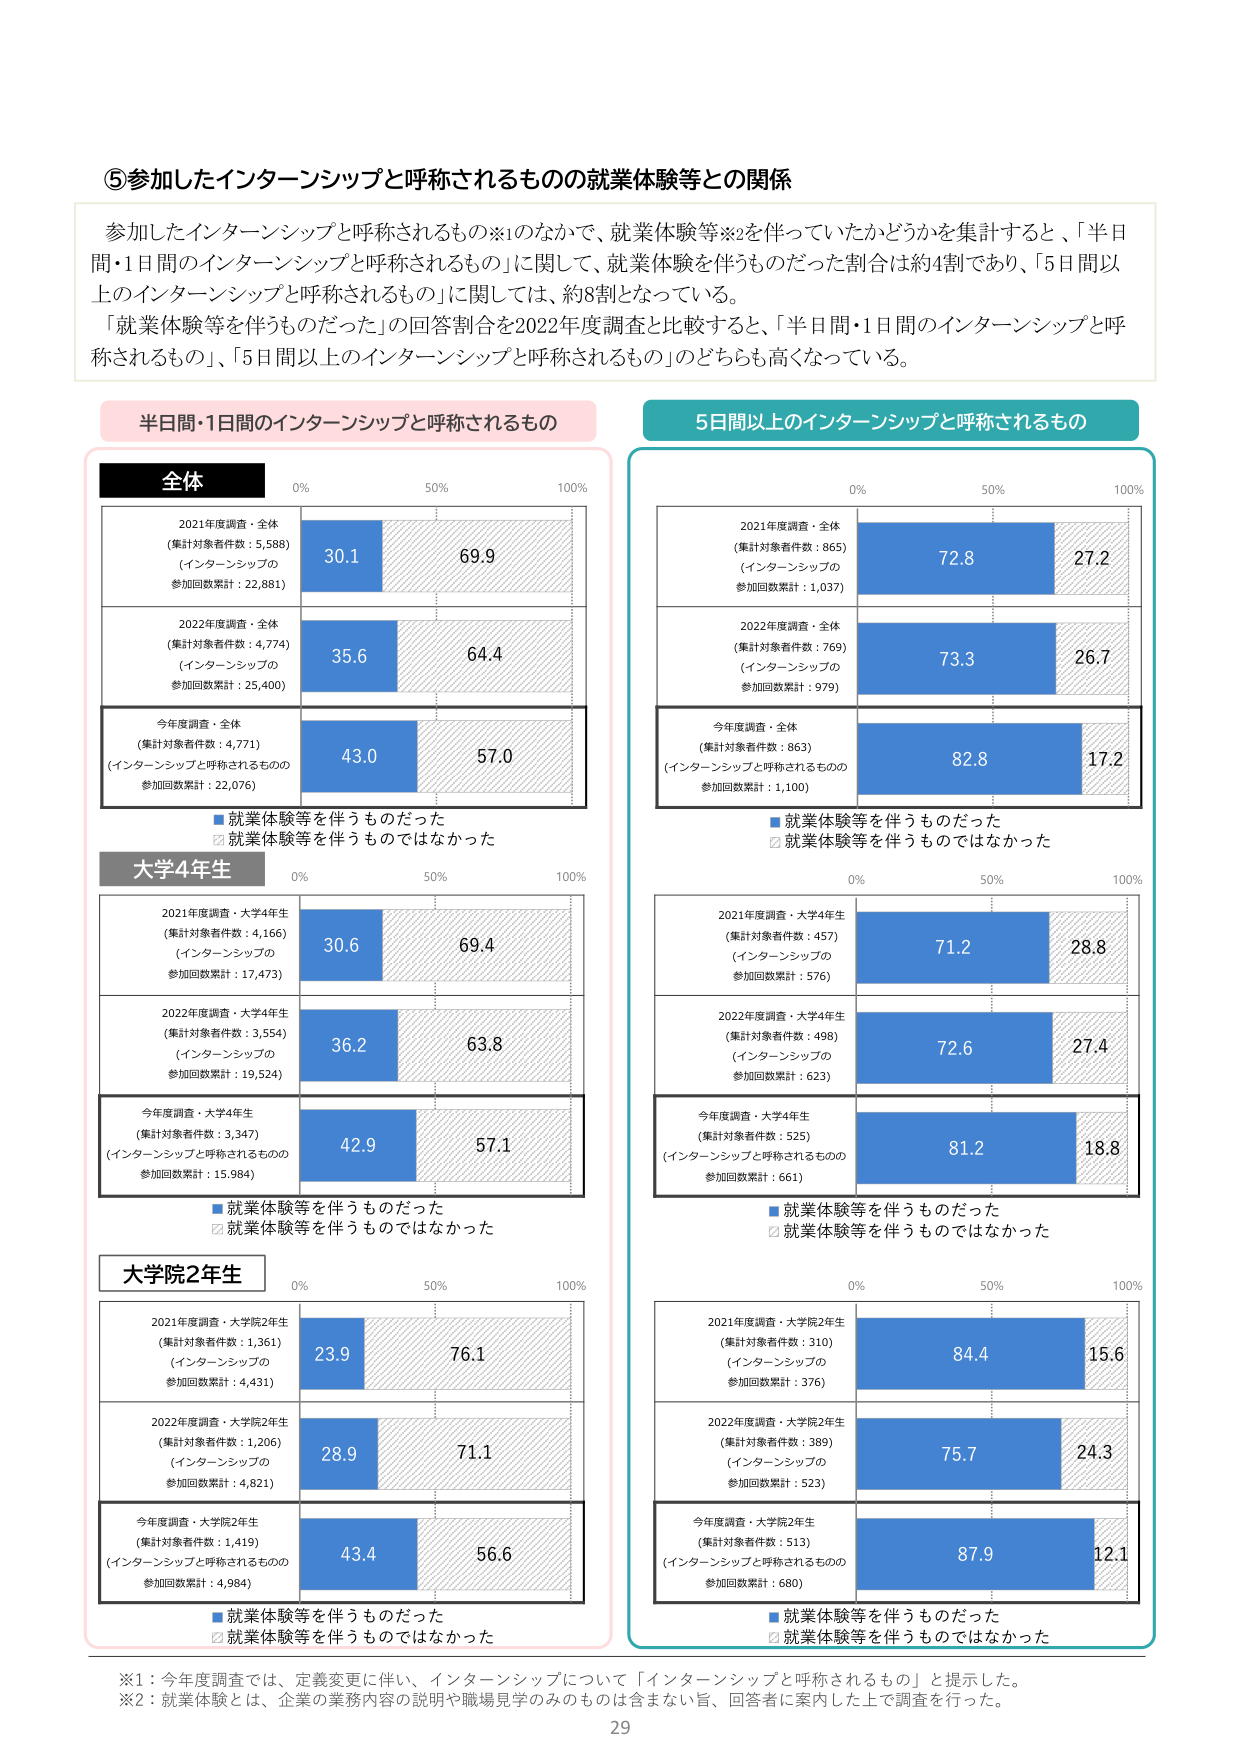
⑤参加したインターンシップと呼称されるものの就業体験等との関係

参加したインターンシップと呼称されるもの※1のなかで、就業体験等※2を伴っていたかどうかを集計すると、「半日間・1日間のインターンシップと呼称されるもの」に関して、就業体験を伴うものだった割合は約4割であり、「5日間以上のインターンシップと呼称されるもの」に関しては、約8割となっている。
「就業体験等を伴うものだった」の回答割合を2022年度調査と比較すると、「半日間・1日間のインターンシップと呼称されるもの」、「5日間以上のインターンシップと呼称されるもの」のどちらも高くなっている。

半日間・1日間のインターンシップと呼称されるもの

全体
0% 50% 100%
2021年度調査・全体
（集計対象者件数：5,588）
（インターンシップの
参加回数累計：22,881）
30.1 69.9
2022年度調査・全体
（集計対象者件数：4,774）
（インターンシップの
参加回数累計：25,400）
35.6 64.4
今年度調査・全体
（集計対象者件数：4,771）
（インターンシップと呼称されるものの
参加回数累計：22,076）
43.0 57.0
■就業体験等を伴うものだった
□就業体験等を伴うものではなかった

大学4年生
0% 50% 100%
2021年度調査・大学4年生
（集計対象者件数：4,166）
（インターンシップの
参加回数累計：17,473）
30.6 69.4
2022年度調査・大学4年生
（集計対象者件数：3,554）
（インターンシップの
参加回数累計：19,524）
36.2 63.8
今年度調査・大学4年生
（集計対象者件数：3,347）
（インターンシップと呼称されるものの
参加回数累計：15,984）
42.9 57.1
■就業体験等を伴うものだった
□就業体験等を伴うものではなかった

大学院2年生
0% 50% 100%
2021年度調査・大学院2年生
（集計対象者件数：1,361）
（インターンシップの
参加回数累計：4,431）
23.9 76.1
2022年度調査・大学院2年生
（集計対象者件数：1,206）
（インターンシップの
参加回数累計：4,821）
28.9 71.1
今年度調査・大学院2年生
（集計対象者件数：1,419）
（インターンシップと呼称されるものの
参加回数累計：4,984）
43.4 56.6
■就業体験等を伴うものだった
□就業体験等を伴うものではなかった

5日間以上のインターンシップと呼称されるもの

0% 50% 100%
2021年度調査・全体
（集計対象者件数：865）
（インターンシップの
参加回数累計：1,037）
72.8 27.2
2022年度調査・全体
（集計対象者件数：769）
（インターンシップの
参加回数累計：979）
73.3 26.7
今年度調査・全体
（集計対象者件数：863）
（インターンシップと呼称されるものの
参加回数累計：1,100）
82.8 17.2
■就業体験等を伴うものだった
□就業体験等を伴うものではなかった

0% 50% 100%
2021年度調査・大学4年生
（集計対象者件数：457）
（インターンシップの
参加回数累計：576）
71.2 28.8
2022年度調査・大学4年生
（集計対象者件数：498）
（インターンシップの
参加回数累計：623）
72.6 27.4
今年度調査・大学4年生
（集計対象者件数：525）
（インターンシップと呼称されるものの
参加回数累計：661）
81.2 18.8
■就業体験等を伴うものだった
□就業体験等を伴うものではなかった

0% 50% 100%
2021年度調査・大学院2年生
（集計対象者件数：310）
（インターンシップの
参加回数累計：376）
84.4 15.6
2022年度調査・大学院2年生
（集計対象者件数：389）
（インターンシップの
参加回数累計：523）
75.7 24.3
今年度調査・大学院2年生
（集計対象者件数：513）
（インターンシップと呼称されるものの
参加回数累計：680）
87.9 12.1
■就業体験等を伴うものだった
□就業体験等を伴うものではなかった

※1：今年度調査では、定義変更に伴い、インターンシップについて「インターンシップと呼称されるもの」と提示した。
※2：就業体験とは、企業の業務内容の説明や職場見学のみのものは含まない旨、回答者に案内した上で調査を行った。

29